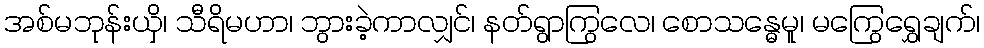
အစ်မဘုန်းယှိ၊ သီရိမဟာ၊ ဘွားခဲ့ကာလျှင်၊ နတ်ရွာကြွလေ၊ စောသန္ဓေမူ၊ မကြွေရွှေချက်၊